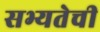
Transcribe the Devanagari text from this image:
सभ्यतेची